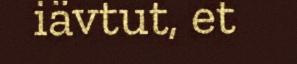
iävtut, et